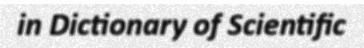
in Dictionary of Scientific